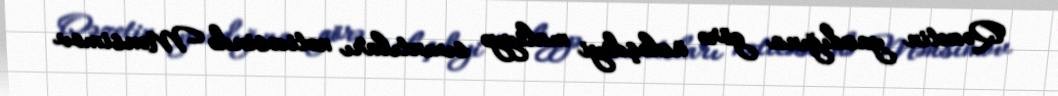
Qəzetin yazdığına görə üzləşdiyi maliyyə sıxıntıları nəticəsində Mənsimov